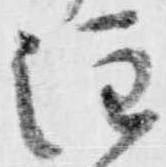
注